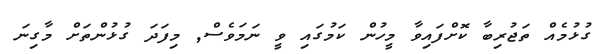
ގުޅުމެއް ތަޖުރިބާ ކޮށްފައިވާ މީހުން ކަމުގައި ވީ ނަމަވެސް